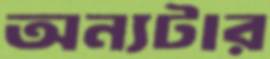
অন্যটার